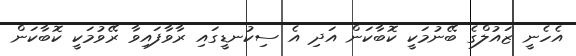
އެހެނީ ޒައުލްގެ ބޭނުމަކީ ކޮބާކަން އަދި އެ ސިކުނޑީގައި ރާވާފައިވާ ރޭވުމަކީ ކޮބާކަން